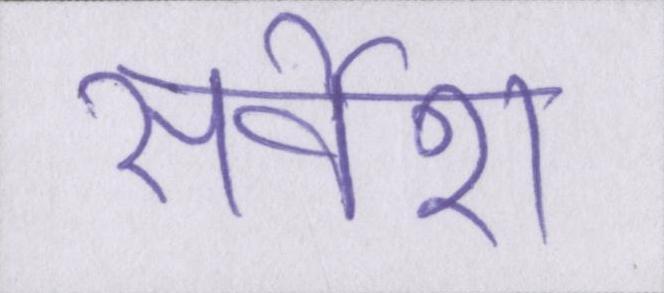
सर्वेश